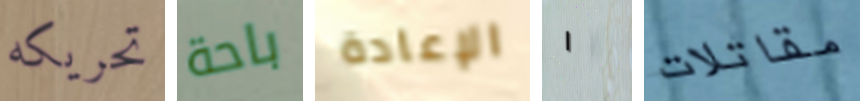
تحريكه باحة الإعادة ١ مقاتلات